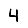
Digit: 4